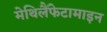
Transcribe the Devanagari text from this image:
मेथिलैंफेटामाइन